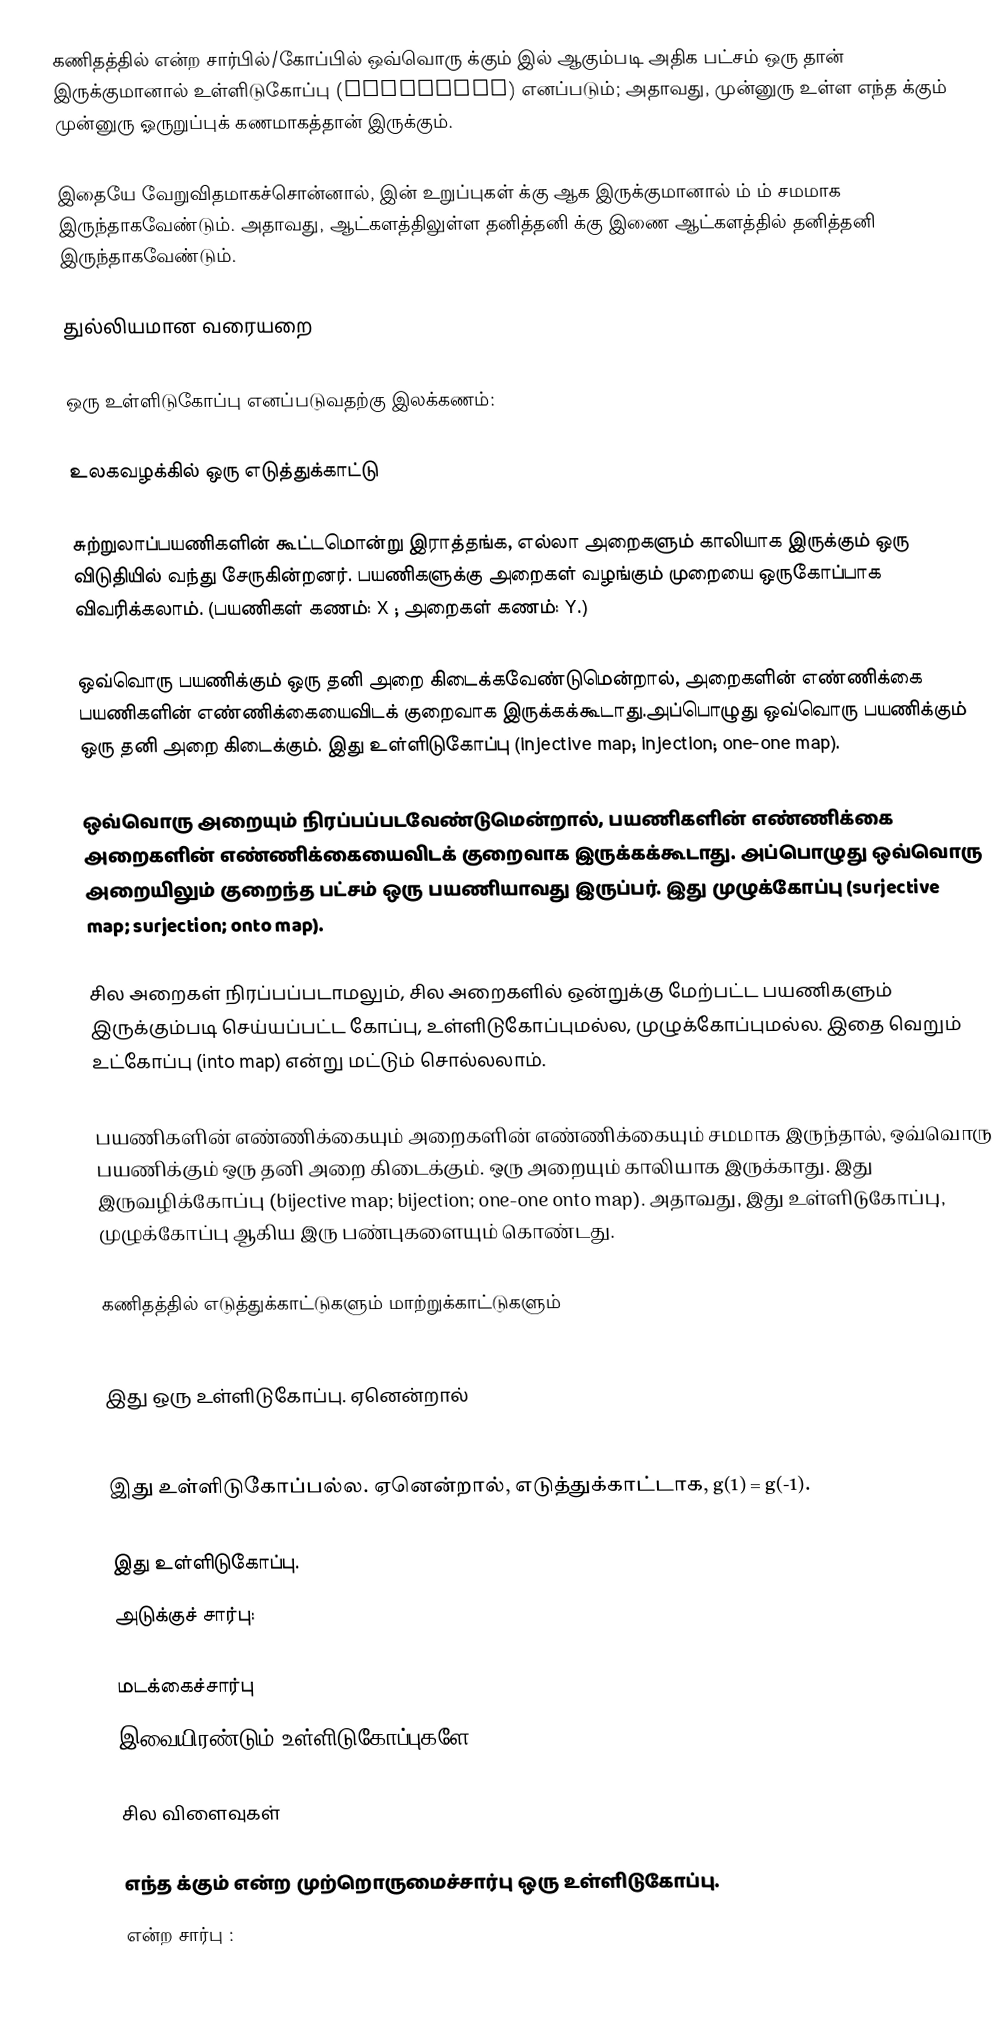
கணிதத்தில்  என்ற சார்பில்/கோப்பில் ஒவ்வொரு  க்கும்   இல்   ஆகும்படி அதிக பட்சம்  ஒரு   தான் இருக்குமானால்  உள்ளிடுகோப்பு (Injection) எனப்படும்; அதாவது, முன்னுரு உள்ள எந்த   க்கும்  முன்னுரு ஓருறுப்புக் கணமாகத்தான் இருக்கும்.

இதையே வேறுவிதமாகச்சொன்னால்,  இன் உறுப்புகள்  க்கு ஆக இருக்குமானால்  ம்  ம் சமமாக இருந்தாகவேண்டும். அதாவது, ஆட்களத்திலுள்ள தனித்தனி  க்கு இணை ஆட்களத்தில் தனித்தனி  இருந்தாகவேண்டும்.

துல்லியமான வரையறை

  ஒரு உள்ளிடுகோப்பு எனப்படுவதற்கு இலக்கணம்:

உலகவழக்கில் ஒரு எடுத்துக்காட்டு

சுற்றுலாப்பயணிகளின் கூட்டமொன்று இராத்தங்க, எல்லா அறைகளும் காலியாக இருக்கும் ஒரு விடுதியில் வந்து சேருகின்றனர். பயணிகளுக்கு அறைகள் வழங்கும் முறையை ஒருகோப்பாக விவரிக்கலாம். (பயணிகள் கணம்: X ; அறைகள் கணம்: Y.)

ஒவ்வொரு பயணிக்கும் ஒரு தனி அறை கிடைக்கவேண்டுமென்றால், அறைகளின் எண்ணிக்கை பயணிகளின் எண்ணிக்கையைவிடக் குறைவாக இருக்கக்கூடாது.அப்பொழுது ஒவ்வொரு பயணிக்கும் ஒரு தனி அறை கிடைக்கும். இது உள்ளிடுகோப்பு (injective map; injection; one-one map).

ஒவ்வொரு அறையும்  நிரப்பப்படவேண்டுமென்றால், பயணிகளின் எண்ணிக்கை அறைகளின் எண்ணிக்கையைவிடக் குறைவாக இருக்கக்கூடாது. அப்பொழுது ஒவ்வொரு அறையிலும் குறைந்த பட்சம் ஒரு பயணியாவது இருப்பர். இது முழுக்கோப்பு (surjective map; surjection; onto map).

சில  அறைகள் நிரப்பப்படாமலும், சில அறைகளில் ஒன்றுக்கு மேற்பட்ட பயணிகளும் இருக்கும்படி செய்யப்பட்ட கோப்பு, உள்ளிடுகோப்புமல்ல, முழுக்கோப்புமல்ல. இதை வெறும் உட்கோப்பு (into map) என்று  மட்டும் சொல்லலாம்.

பயணிகளின் எண்ணிக்கையும் அறைகளின் எண்ணிக்கையும் சமமாக இருந்தால், ஒவ்வொரு பயணிக்கும் ஒரு தனி அறை கிடைக்கும். ஒரு அறையும் காலியாக இருக்காது. இது இருவழிக்கோப்பு (bijective map; bijection; one-one onto map). அதாவது, இது உள்ளிடுகோப்பு, முழுக்கோப்பு ஆகிய இரு பண்புகளையும் கொண்டது.

கணிதத்தில் எடுத்துக்காட்டுகளும் மாற்றுக்காட்டுகளும்

இது ஒரு உள்ளிடுகோப்பு. ஏனென்றால்

இது உள்ளிடுகோப்பல்ல. ஏனென்றால், எடுத்துக்காட்டாக, g(1) = g(-1).

இது உள்ளிடுகோப்பு.
அடுக்குச் சார்பு:

மடக்கைச்சார்பு
இவையிரண்டும் உள்ளிடுகோப்புகளே.

சில விளைவுகள்

 எந்த   க்கும்     என்ற முற்றொருமைச்சார்பு ஒரு உள்ளிடுகோப்பு.
  என்ற சார்பு :